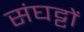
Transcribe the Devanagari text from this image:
संघट्टों